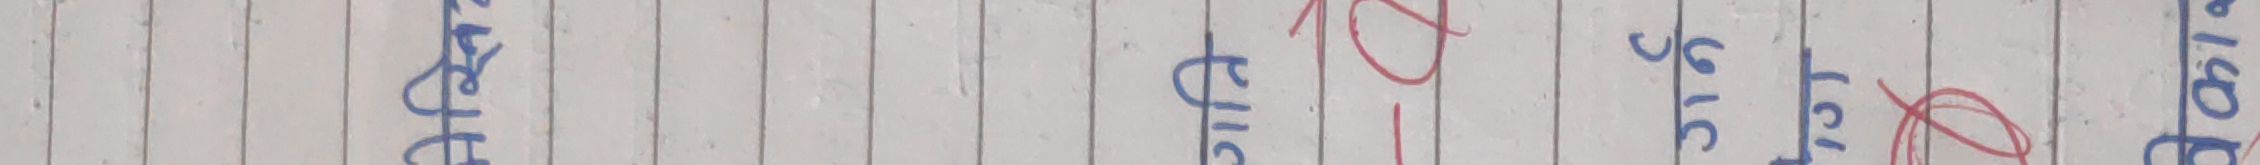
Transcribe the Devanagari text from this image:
आफ्ना